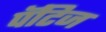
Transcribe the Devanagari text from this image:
पॅटिज